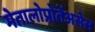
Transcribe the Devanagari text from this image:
मेतालोप्रोतेंअसेस